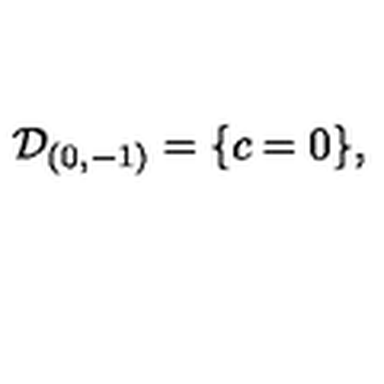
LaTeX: { \cal D } _ { ( 0 , - 1 ) } = \{ c = 0 \} ,